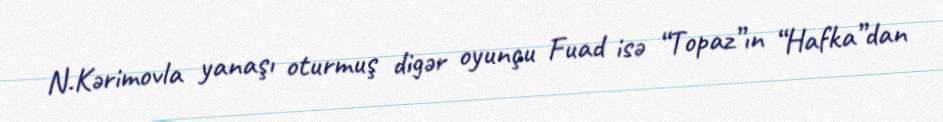
N.Kərimovla yanaşı oturmuş digər oyunçu Fuad isə “Topaz”ın “Hafka”dan